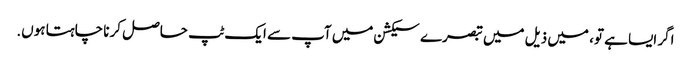
اگر ایسا ہے تو، میں ذیل میں تبصرے سیکشن میں آپ سے ایک ٹپ حاصل کرنا چاہتا ہوں.